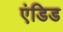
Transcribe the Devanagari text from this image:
एंडिड